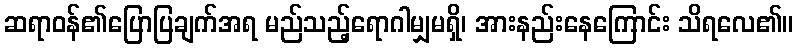
ဆရာဝန်၏ပြောပြချက်အရ မည်သည့်ရောဂါမျှမရှိ၊ အားနည်းနေကြောင်း သိရလေ၏။